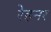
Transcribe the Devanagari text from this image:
रेहनर